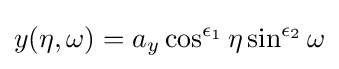
y(\eta ,\omega )=a_{y}\cos ^{\epsilon _{1}}\eta \sin ^{\epsilon _{2}}\omega